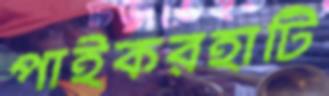
পাইকরহাটি